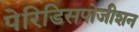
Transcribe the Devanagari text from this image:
पेरिडिसपोजीशन